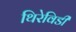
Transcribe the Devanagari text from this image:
थिरेविडी